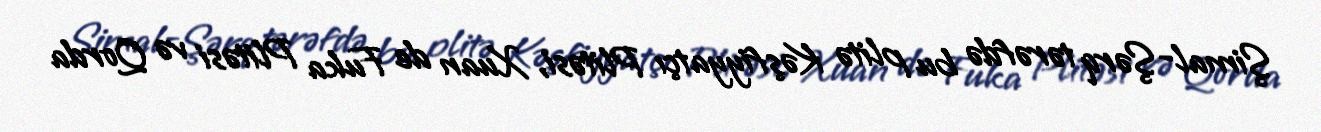
Şimal-Şərq tərəfdə bu plitə Kəşfiyyatçı Plitəsi, Xuan de Fuka Plitəsi və Qorda